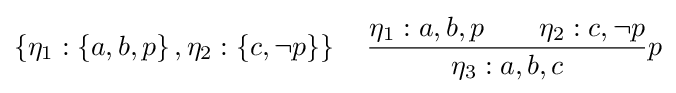
\left\{\eta _{1}:\left\{a,b,p\right\},\eta _{2}:\left\{c,\neg p\right\}\right\}\quad {\frac {\eta _{1}:a,b,p\quad \quad \eta _{2}:c,\neg p}{\eta _{3}:a,b,c}}p